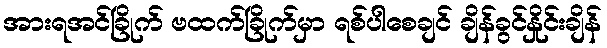
အားရအင်ခြိုက် ဗထက်ခြိုက်မှာ ရစ်ပါစေချင် ချိန်ခွင်နှိုင်းချိန်